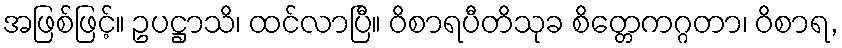
အဖြစ်ဖြင့်။ ဥပဋ္ဌာသိ၊ ထင်လာပြီ။ ဝိစာရပီတိသုခ စိတ္တေကဂ္ဂတာ၊ ဝိစာရ,